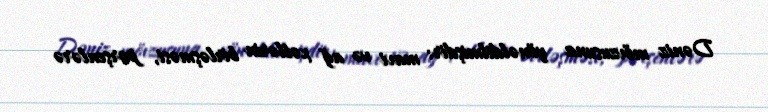
Dəniz mövzusuna yönəldilmişdir: mavi və ağ xətlərin birləşməsi, porşenlərə